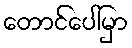
တောင်ပေါ်မှာ